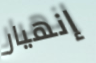
إنهيار